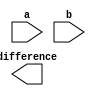
module ripple_carry_subtractor (
    input [7:0] a,
    input [7:0] b,
    output [7:0] difference
);

wire [7:0] borrow;
wire [7:0] temp_diff;

assign borrow[0] = 1'b0; // Initial borrow is zero

genvar i;
generate
    for (i = 0; i < 8; i = i + 1) begin
        xor gate_xor (a[i], b[1], borrow[i], temp_diff[i]);
        and gate_and (a[i], ~b[i], borrow[i], borrow[i+1]);
    end
endgenerate

assign difference = temp_diff;

endmodule